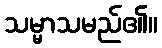
သမ္မာသမည်၏။